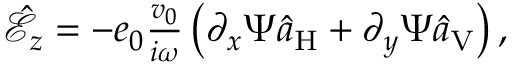
\begin{array} { r } { \hat { \mathcal { E } } _ { z } = - e _ { 0 } \frac { v _ { 0 } } { i \omega } \left( \partial _ { x } \Psi \hat { a } _ { \mathrm { H } } + \partial _ { y } \Psi \hat { a } _ { \mathrm { V } } \right) , } \end{array}